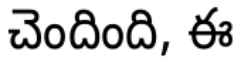
చెందింది, ఈ